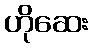
ဟိုဆေး